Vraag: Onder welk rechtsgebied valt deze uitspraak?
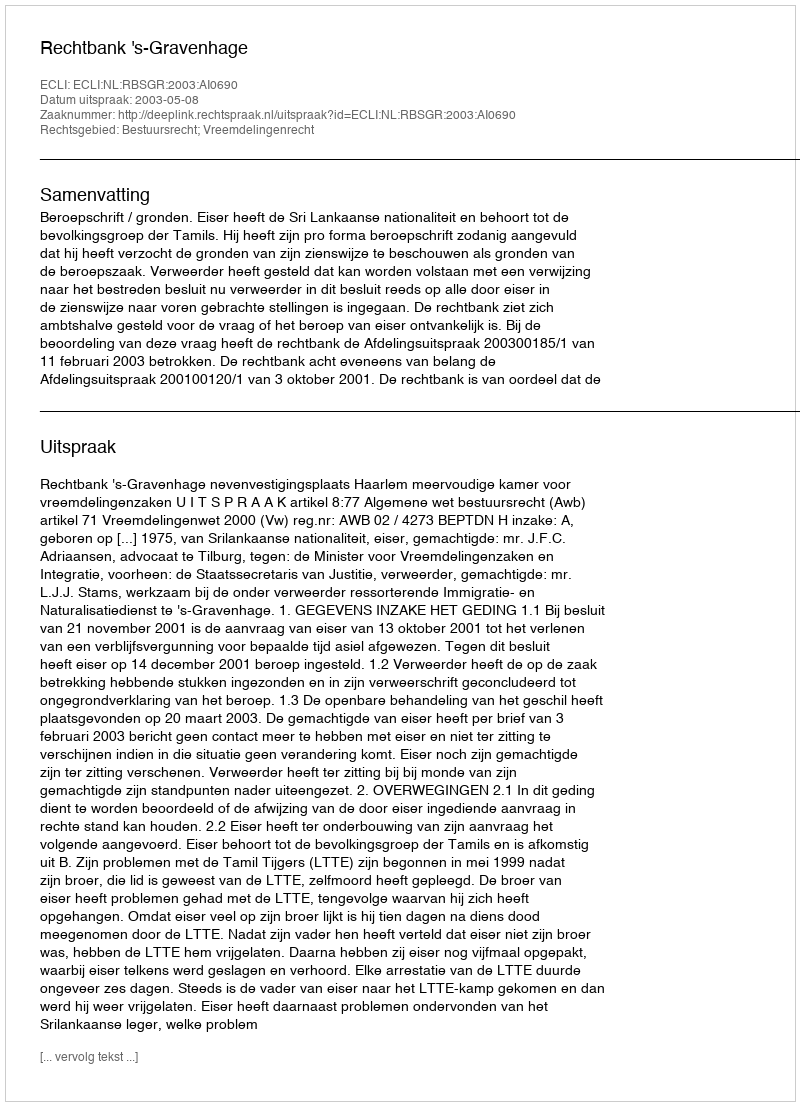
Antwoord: Bestuursrecht; Vreemdelingenrecht